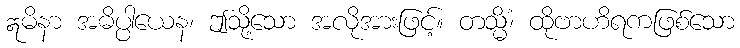
ဣမိနာ အဓိပ္ပါယေန၊ ဤသို့သော အလိုအားဖြင့်။ တသ္မိံ၊ ထိုဗာဟိရကဖြစ်သော